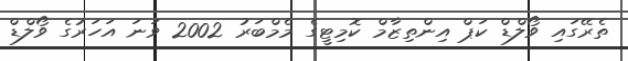
ތެރޭގައި ވޯލްޑް ކަޕް އިންތިޒާމް ކޮމިޓީގެ މެމްބަރު 2002 ވަނަ އަހަރުގެ ވޯލްޑް